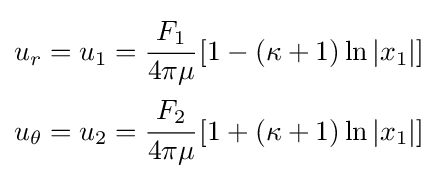
{\begin{aligned}u_{r}=u_{1}&={\cfrac {F_{1}}{4\pi \mu }}\left[1-(\kappa +1)\ln |x_{1}|\right]\\u_{\theta }=u_{2}&={\cfrac {F_{2}}{4\pi \mu }}\left[1+(\kappa +1)\ln |x_{1}|\right]\end{aligned}}